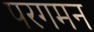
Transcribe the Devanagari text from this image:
परगमन